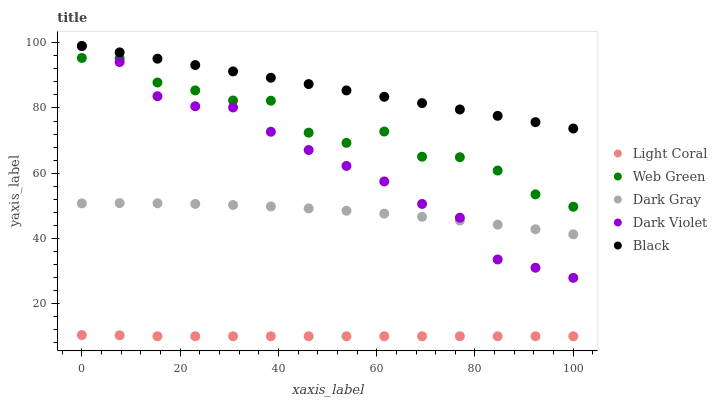
| xaxis_label | Light Coral | Web Green | Dark Gray | Dark Violet | Black |
 | --- | --- | --- | --- | --- | --- |
 | 0 | 10.4 | 95.3 | 50.7 | 99 | 99 |
 | 7.69 | 10.3 | 95.2 | 50.8 | 94.1 | 97.1 |
 | 15.4 | 10 | 87.8 | 50.8 | 83.6 | 95.1 |
 | 23.1 | 10 | 85.4 | 50.6 | 80.5 | 93.2 |
 | 30.8 | 10 | 82.3 | 50.3 | 80.2 | 91.2 |
 | 38.5 | 10 | 82.2 | 49.8 | 72.7 | 89.3 |
 | 46.2 | 10 | 72.4 | 49.2 | 67.1 | 87.3 |
 | 53.8 | 10 | 69.3 | 48.5 | 62.2 | 85.4 |
 | 61.5 | 10 | 72.8 | 47.6 | 57.5 | 83.4 |
 | 69.2 | 10 | 65.1 | 46.6 | 50.6 | 81.5 |
 | 76.9 | 10 | 64.9 | 45.5 | 46.4 | 79.5 |
 | 84.6 | 10 | 60.8 | 44.2 | 33.5 | 77.6 |
 | 92.3 | 10 | 53.5 | 42.8 | 31 | 75.7 |
 | 100 | 10 | 49.7 | 41.3 | 27.9 | 73.7 |